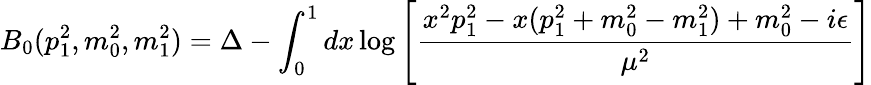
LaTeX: B_{0}(p_{1}^{2},m_{0}^{2},m_{1}^{2})=\Delta-\int_{0}^{1}dx\log\left[\frac{x^{2}p_{1}^{2}-x(p_{1}^{2}+m_{0}^{2}-m_{1}^{2})+m_{0}^{2}-i\epsilon}{\mu^{2}}\right]